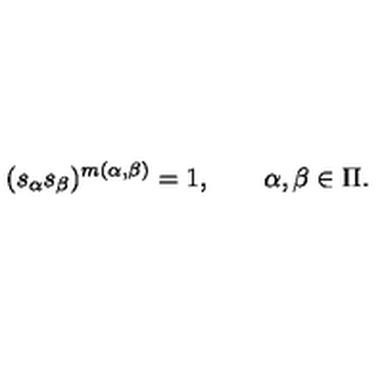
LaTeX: ( s _ { \alpha } s _ { \beta } ) ^ { m ( \alpha , \beta ) } = 1 , \qquad \alpha , \beta \in \Pi .